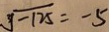
\sqrt [ 3 ] { - 1 2 5 } = - 5